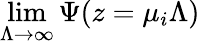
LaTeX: \operatorname*{lim}_{\Lambda\to\infty}\Psi(z=\mu_{i}\Lambda)